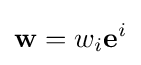
\mathbf {w} =w_{i}\mathbf {e} ^{i}